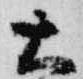
天